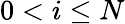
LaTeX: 0<i\leq N